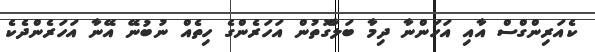
ކެއަރިންގްސް އާއި އަހަންނާ ދިމާ ބަލާގޮތުން އަހަރެންގެ ހިތެއް ނުބުނޭ އޭނާ އަހަރެންދެކެ